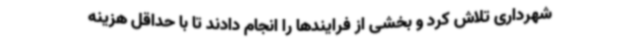
شهرداری تلاش کرد و بخشی از فرایندها را انجام دادند تا با حداقل هزینه